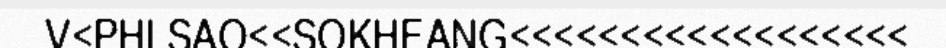
V<PHLSAO<<SOKHEANG<<<<<<<<<<<<<<<<<<